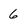
Character: 6